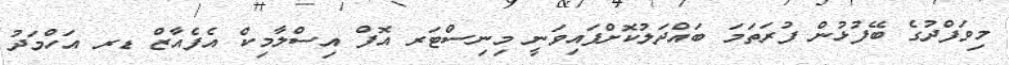
މިވަފްދުގެ ބޭފުޅުން ފުރަތަމަ ބައްދަލުކޮށްފައިވަނީ މިނިސްޓަރ އޮފް އިސްލާމިކް އެފެއާޒް ޑރ އަހްމަދު